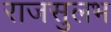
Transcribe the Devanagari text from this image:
राजसुलभ